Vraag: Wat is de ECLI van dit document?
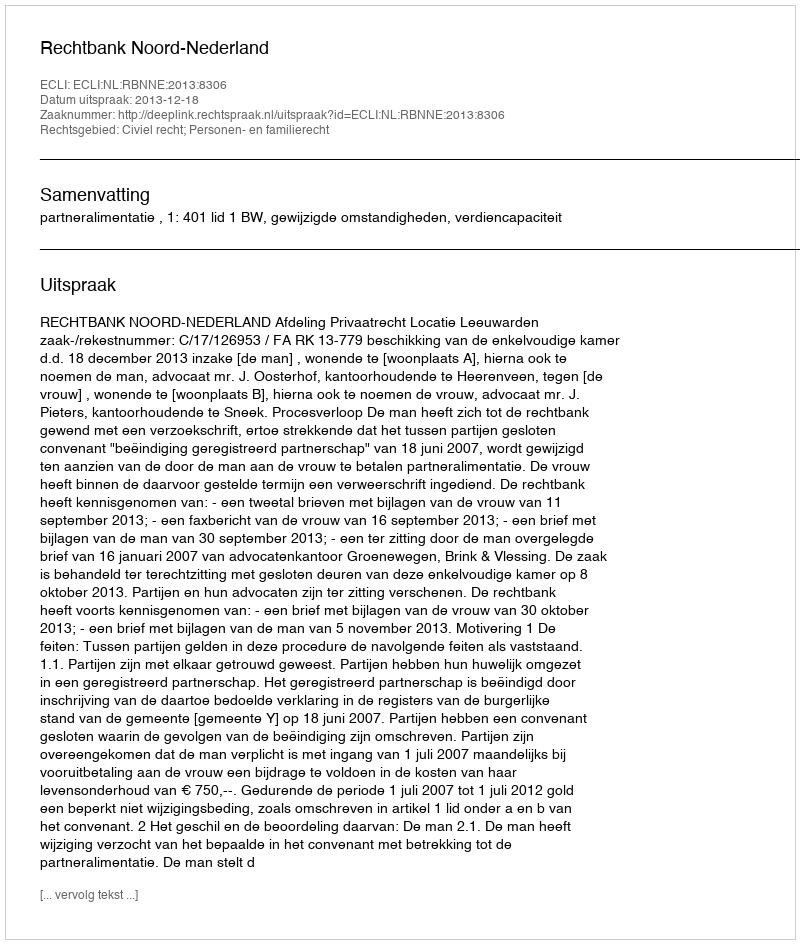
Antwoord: ECLI:NL:RBNNE:2013:8306